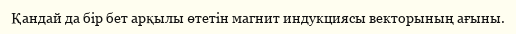
Қандай да бір бет арқылы өтетін магнит индукциясы векторының ағыны.